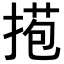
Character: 𢯿